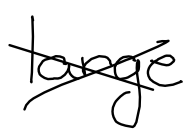
Text: large
Cross-out: cross
Writing tool: digital_black